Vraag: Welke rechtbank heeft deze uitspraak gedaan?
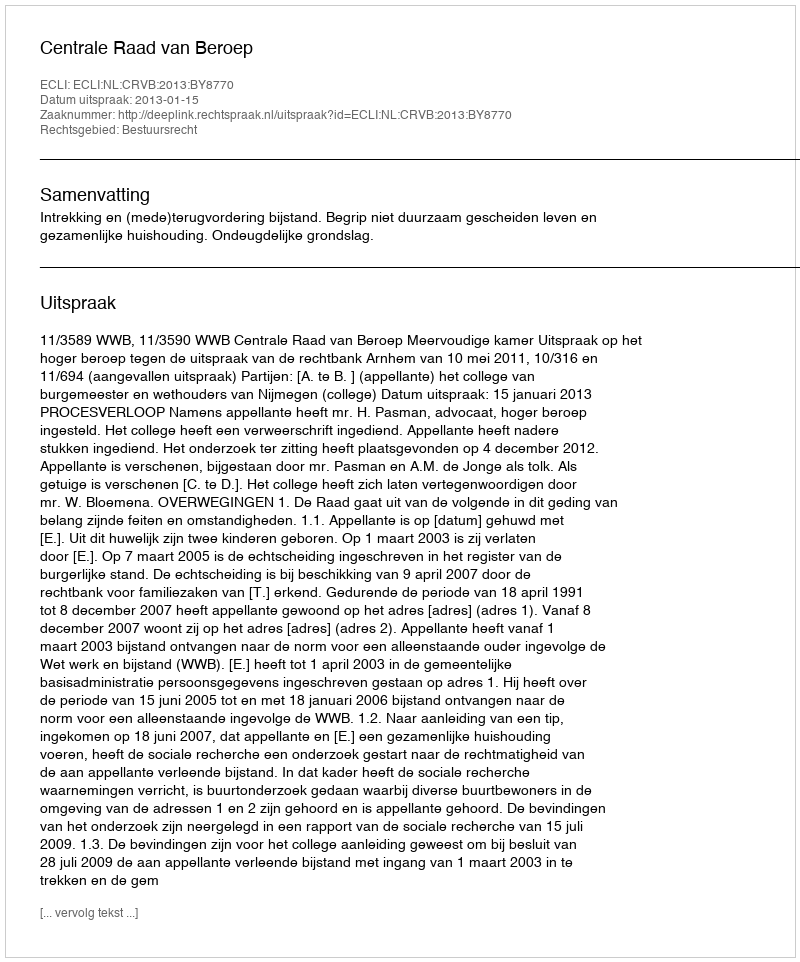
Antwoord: Centrale Raad van Beroep